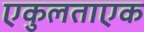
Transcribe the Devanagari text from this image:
एकुलताएक